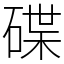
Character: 碟